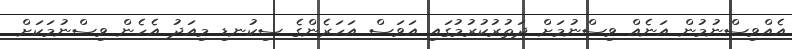
އެއްވިސްނުމުން އަނެއް ވިސްނުމަށް ދަތުރުކުރުމުގައި އަވަސް އަހަރެންގެ ސިކުނޑި މިއަދު އެހެން ވިސްނުމަކަށް